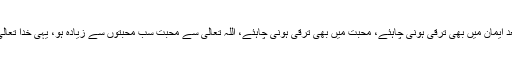
پس بیعت کے بعد ایمان میں بھی ترقی ہونی چاہئے، محبت میں بھی ترقی ہونی چاہئے، اللہ تعالیٰ سے محبت سب محبتوں سے زیادہ ہو، یہی خدا تعالیٰ نے فرمایا ہے۔